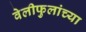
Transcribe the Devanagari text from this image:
वेलीफुलांच्या